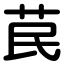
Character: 苠